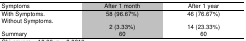
| Symptoms | After 1 month | After 1 year |
 | --- | --- | --- |
 | With Symptoms. Without Symptoms. | 58 (96.67%) | 46 (76.67%) |
 |  | 2 (3.33%) | 14 (23.33%) |
 | Summary | 60 | 60 |